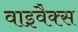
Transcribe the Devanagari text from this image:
वाइवैक्स